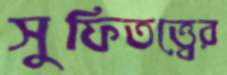
সুফিতত্ত্বের